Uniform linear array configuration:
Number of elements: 12
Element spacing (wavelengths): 0.25
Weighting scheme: kaiser
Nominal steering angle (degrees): -60
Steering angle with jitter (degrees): -59.89
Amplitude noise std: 0.05
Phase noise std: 0.05

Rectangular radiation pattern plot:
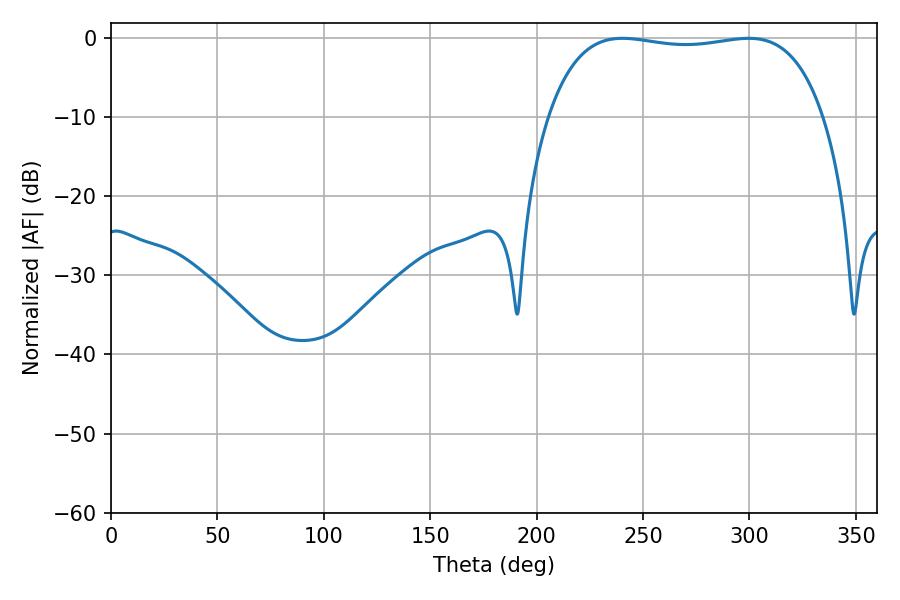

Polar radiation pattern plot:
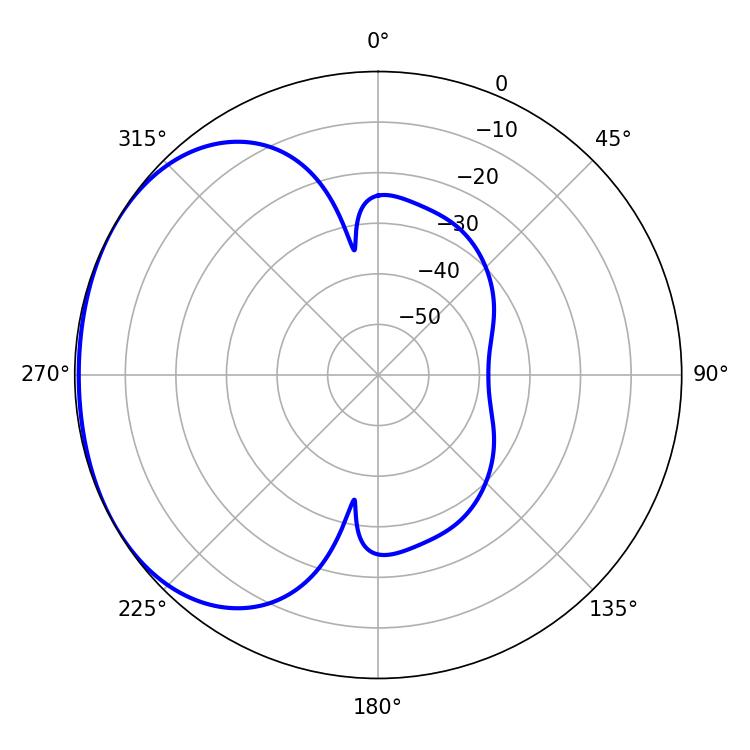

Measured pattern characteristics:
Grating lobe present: FALSE
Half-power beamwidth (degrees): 103.68
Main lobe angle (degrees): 240.3